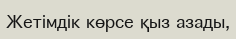
Жетімдік көрсе қыз азады,